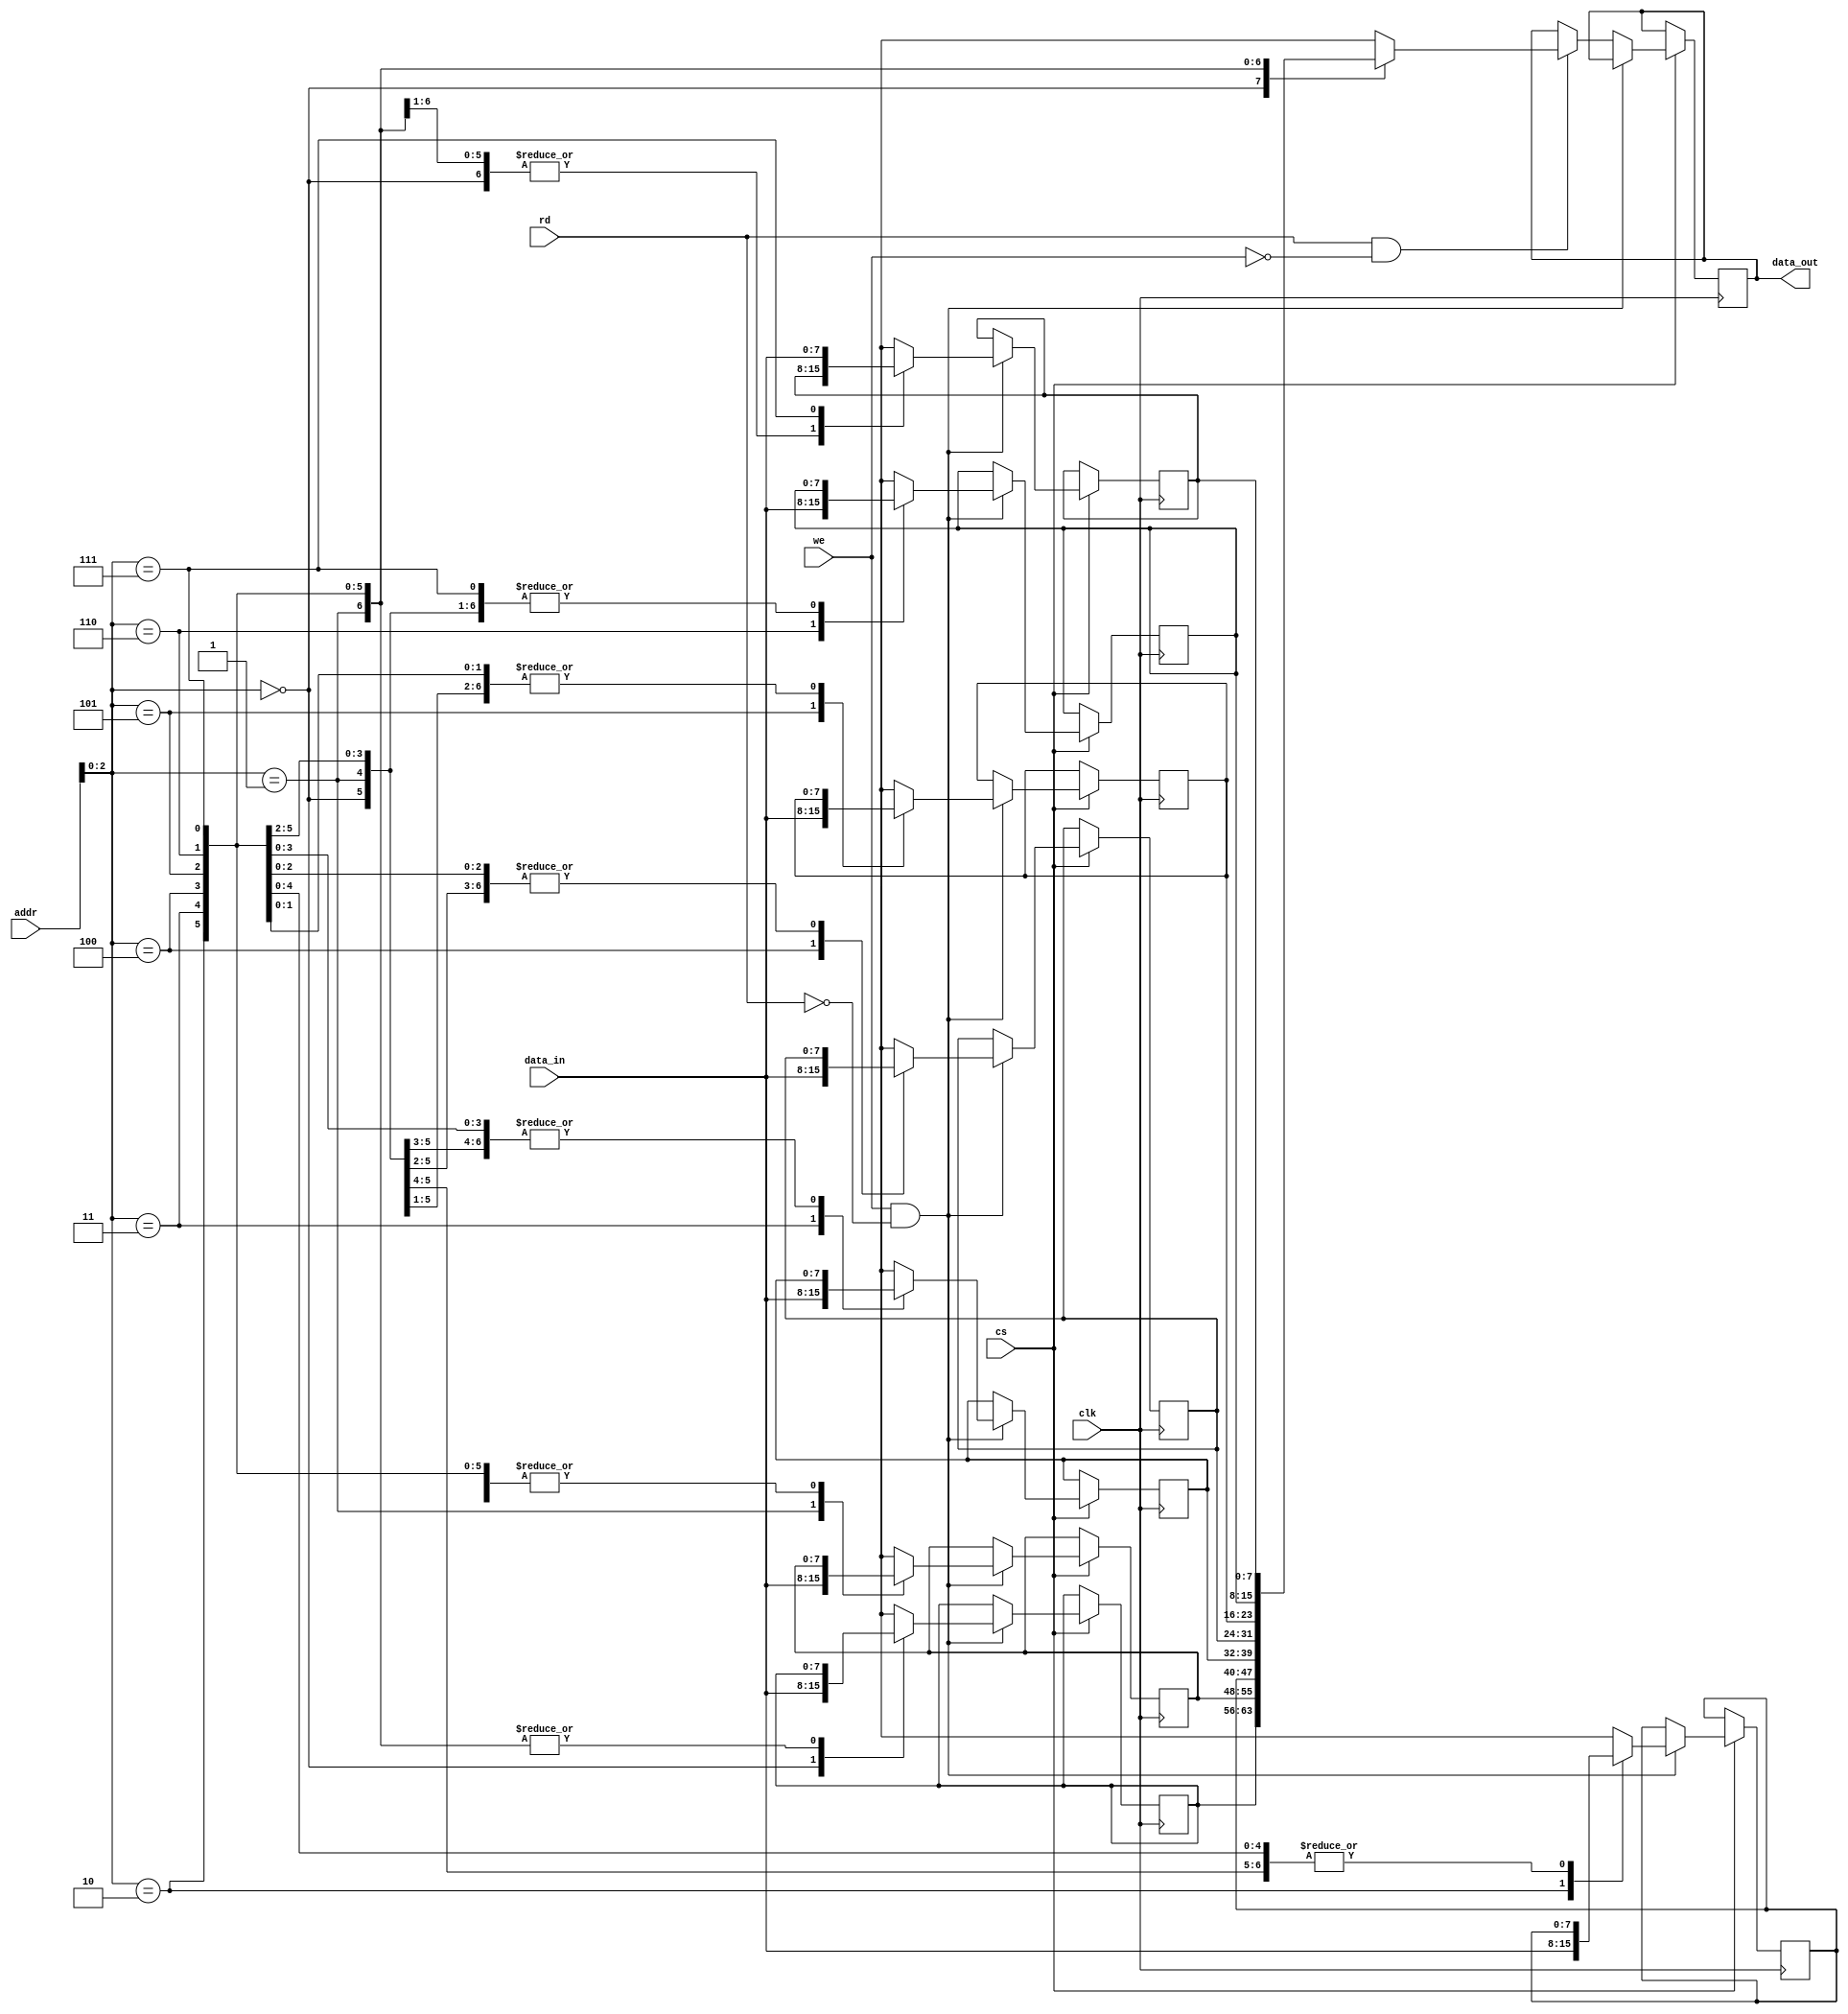
`timescale 1ns / 1ps
//////////////////////////////////////////////////////////////////////////////////
// Company: 
// Engineer: 
// 
// Design Name: 
// Module Name: SYNC_SRAM
// Project Name: 
// Target Devices: 
// Tool Versions: 
// Description: 
// 
// Dependencies: 
// 
// Revision:
// Revision 0.01 - File Created
// Additional Comments:
// 
//////////////////////////////////////////////////////////////////////////////////


module SYNC_SRAM(data_in,data_out,addr,cs,we,rd,clk);
// parameters of RAM
parameter ADDR = 8;
parameter DATA = 8;
parameter DEPTH = 8;
input[DATA-1:0] data_in;
output reg [DATA-1:0] data_out;
input [ADDR-1:0]addr;input clk,cs,we,rd;

// internal variable
reg[DATA-1:0] SRAM[DEPTH-1:0];
always@(posedge clk)
begin
 if(cs == 1'b1)
  begin
 if(we == 1'b1 && rd == 1'b0)
    begin 
     SRAM[addr] = data_in;
    end 
  else if(rd == 1'b1 && we == 1'b0)
     begin
      data_out = SRAM[addr];
     end 
  else;
   end 
 else;
  end
endmodule